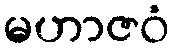
မဟာဇဝံ